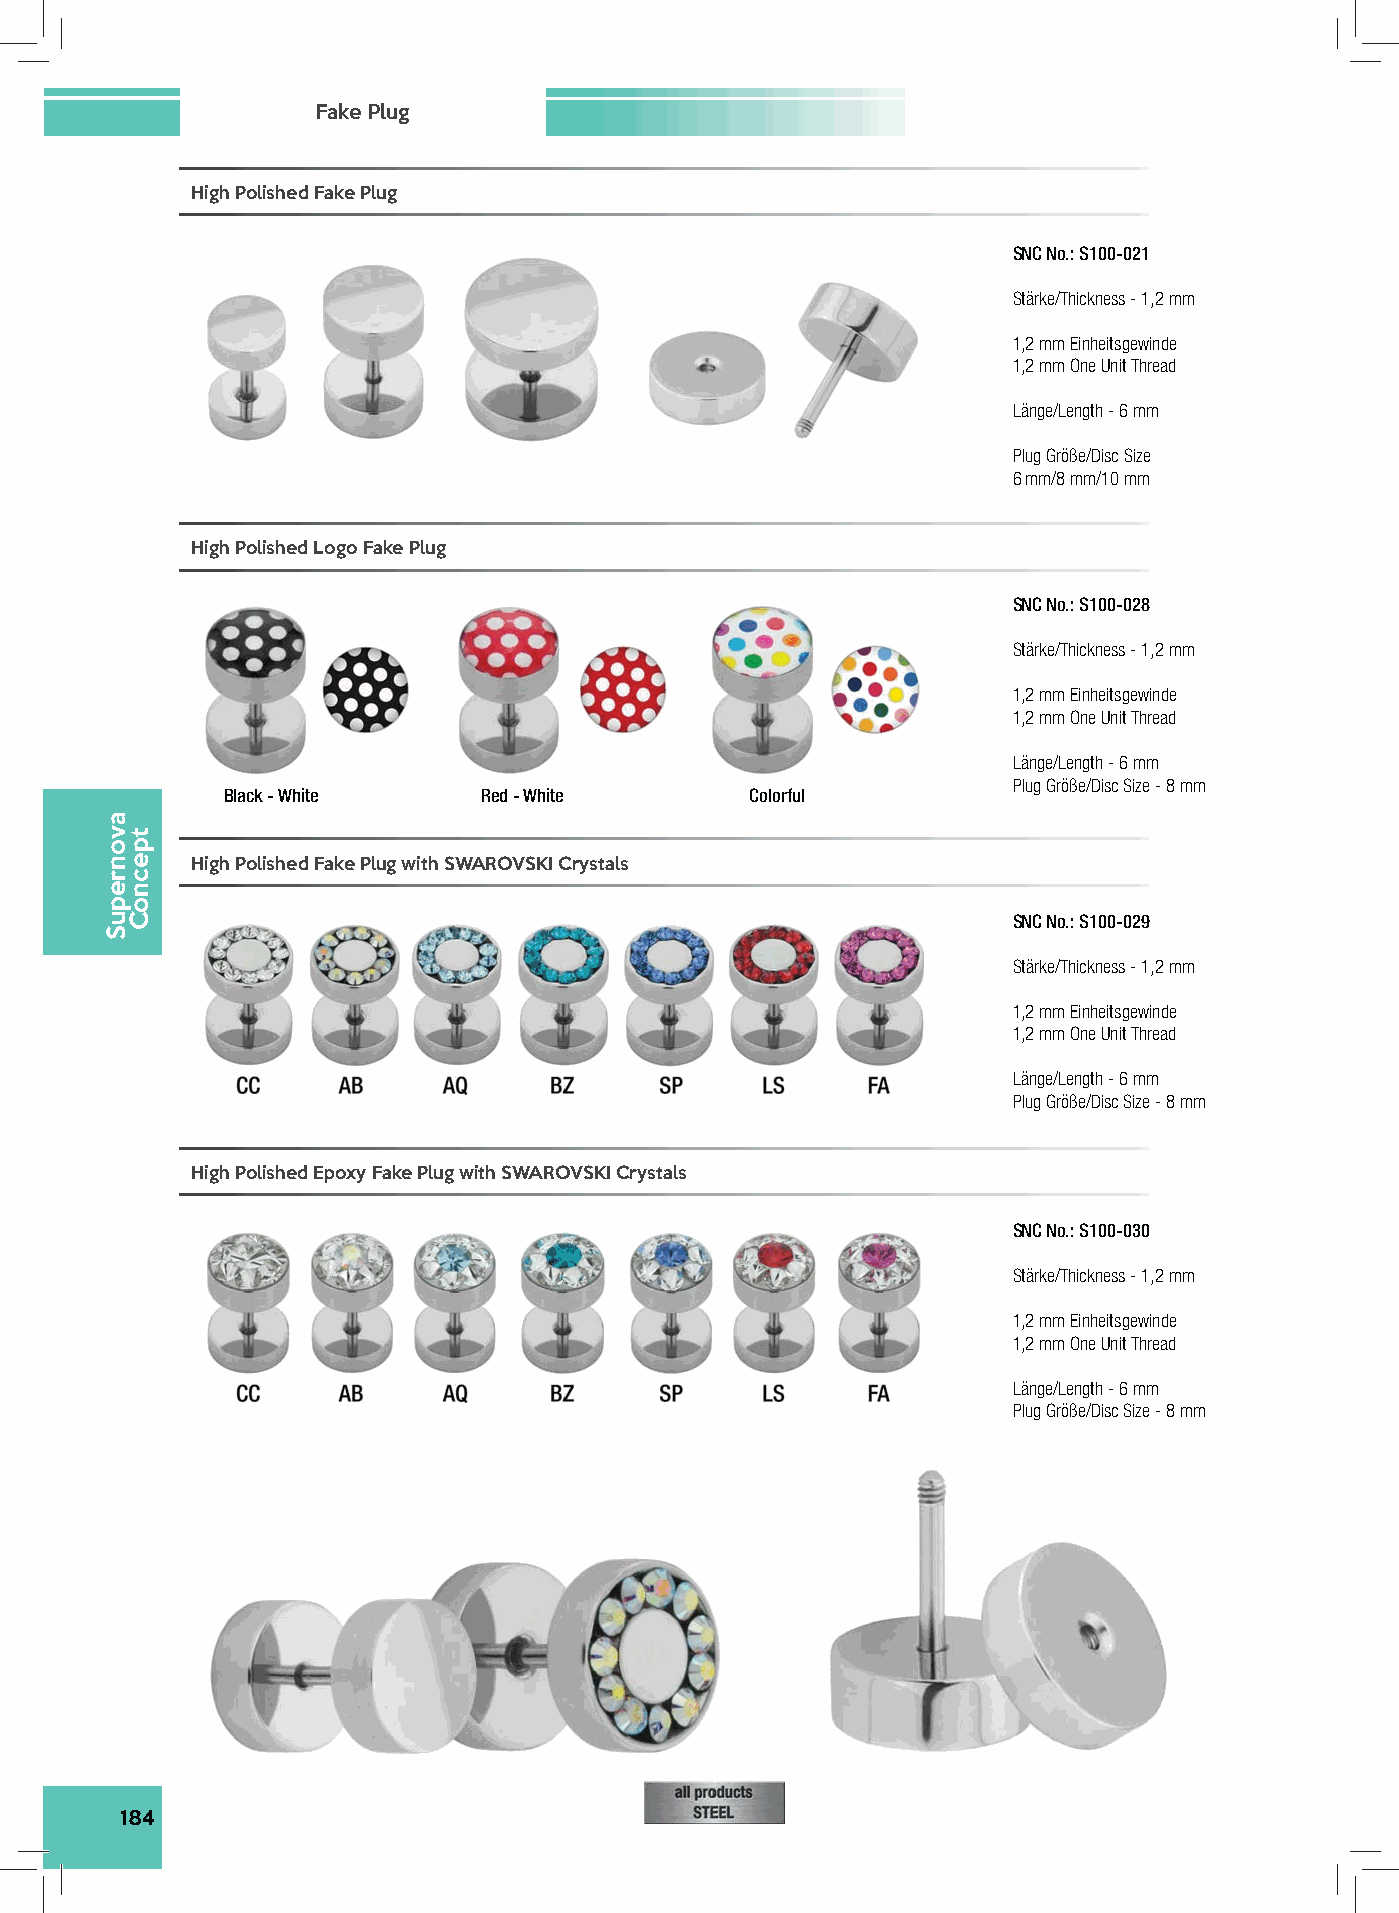
Fake Plug
 High Polished Fake Plug
 SNC No.: S100-021
 Stärke/Thickness - 1,2 mm
 1,2 mm Einheitsgewinde
 1,2 mm One Unit Thread
 Länge/Length - 6 mm
 Plug Größe/Disc Size
 6 mm/8 mm/10 mm
 High Polished Logo Fake Plug
 SNC No.: S100-028
 Stärke/Thickness - 1,2 mm
 1,2 mm Einheitsgewinde
 1,2 mm One Unit Thread
 Länge/Length - 6 mm
 Plug Größe/Disc Size - 8 mm
 Black - White    Red - White       Colorful
 High Polished Fake Plug with SWAROVSKI Crystals
 SNC No.: S100-029
 Stärke/Thickness - 1,2 mm
 1,2 mm Einheitsgewinde
 1,2 mm One Unit Thread
 Länge/Length - 6 mm
 Plug Größe/Disc Size - 8 mm
 High Polished Epoxy Fake Plug with SWAROVSKI Crystals
 SNC No.: S100-030
 Stärke/Thickness - 1,2 mm
 1,2 mm Einheitsgewinde
 1,2 mm One Unit Thread
 Länge/Length - 6 mm
 Plug Größe/Disc Size - 8 mm
 184
 avonrepuS
 tpecnoC